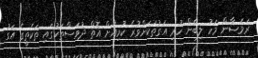
ރަމަޟާން މަހު ލިބެން ހުރި އަގުތަކަށްވުރެ ކުރިއަށް އޮތް ދުވަސްތަކުގައި ތަކެތީގެ އަގު